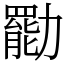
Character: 㔥